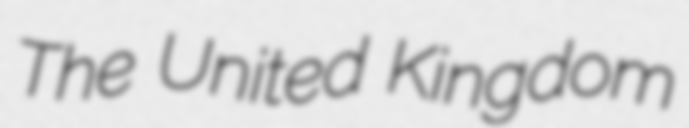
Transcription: The United Kingdom